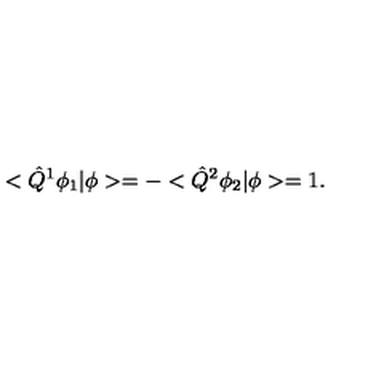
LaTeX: < \hat { Q } ^ { 1 } \phi _ { 1 } | \phi > = - < \hat { Q } ^ { 2 } \phi _ { 2 } | \phi > = 1 .